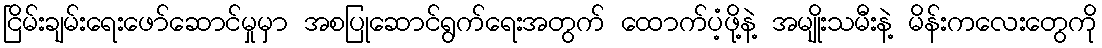
ငြိမ်းချမ်းရေးဖော်ဆောင်မှုမှာ အစပြုဆောင်ရွက်ရေးအတွက် ထောက်ပံ့ဖို့နဲ့ အမျိုးသမီးနဲ့ မိန်းကလေးတွေကို